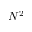
N ^ { 2 }